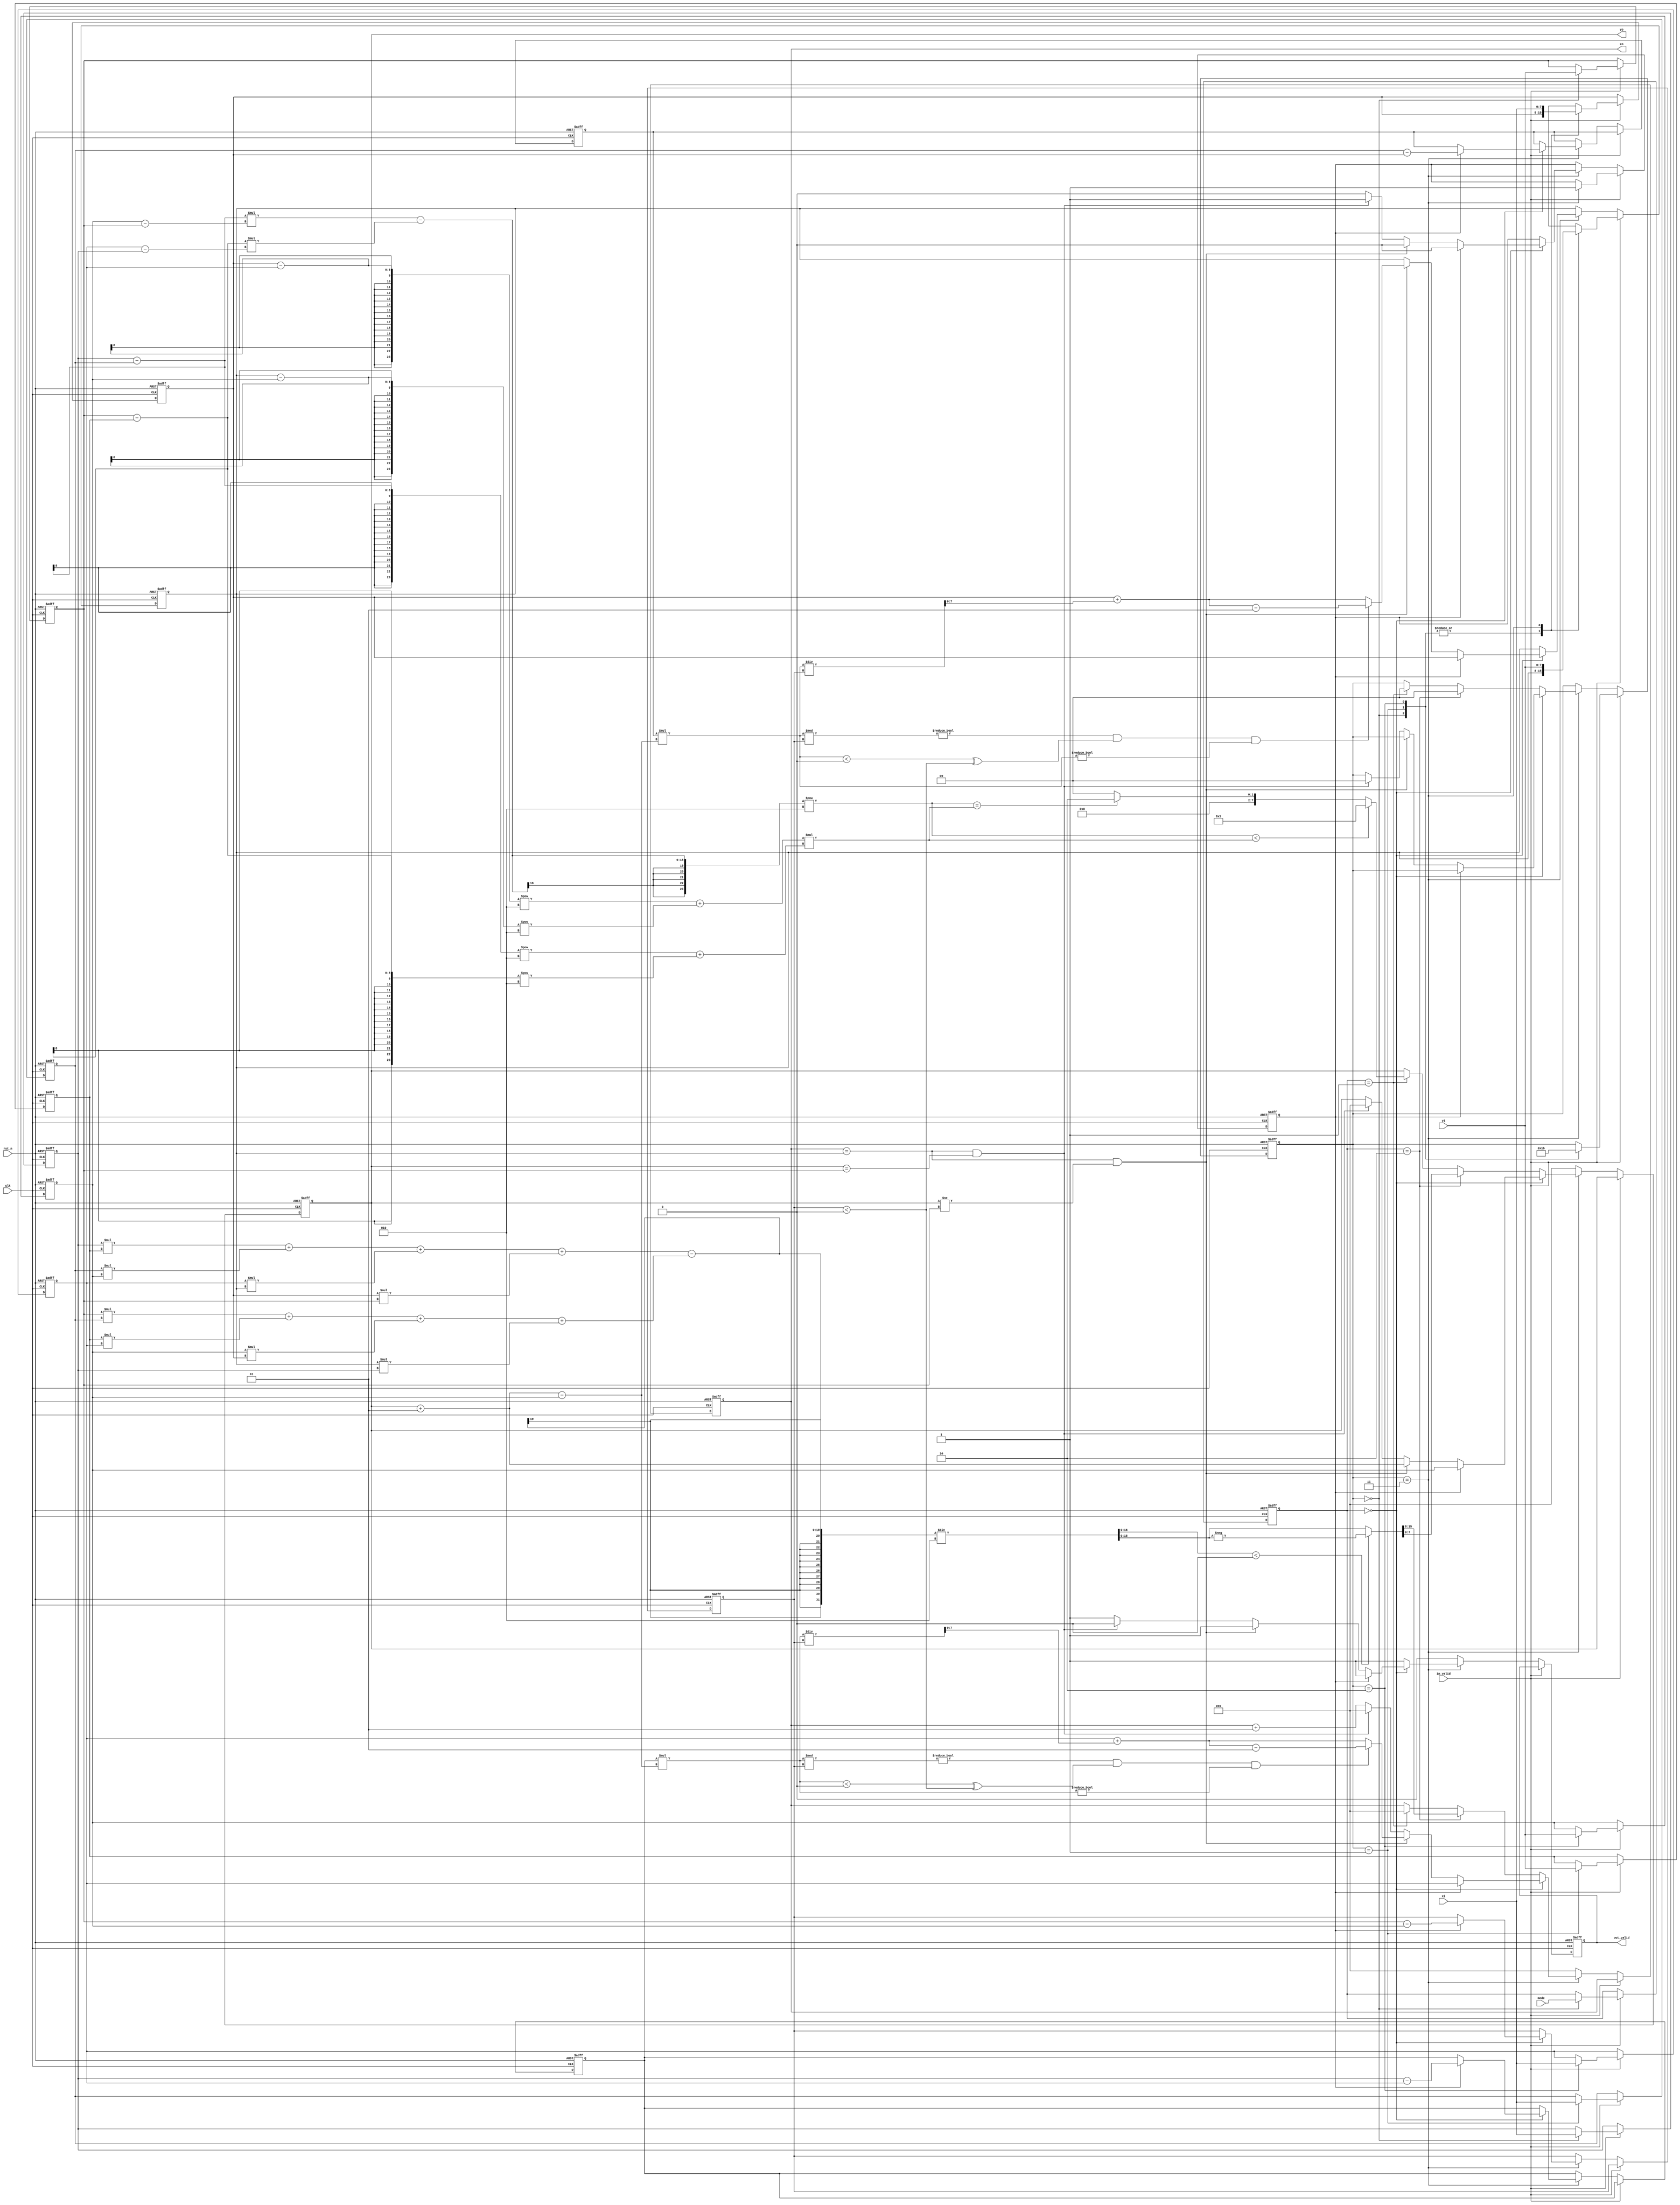


module CC(
    //Input Port
    clk,
    rst_n,
	in_valid,
	mode,
    xi,
    yi,

    //Output Port
    out_valid,
	xo,
	yo
    );

input       clk, rst_n, in_valid;
input       [1:0]   mode;
input       [7:0]   xi, yi;  
output reg  out_valid;
output reg  signed [7:0] xo, yo;

//declarations
reg  flag;
reg [23:0] D_2, R_2;
reg [1:0] step,mod;
reg signed [16:0] Area_K;
reg signed [8:0] Delt_Y1, Delt_X1, Delt_X2, Delt_Y2;
reg signed [7:0] A_x, A_y, B_x, B_y, C_x, C_y, D_x, D_y;

wire is_trapezoid_mode=   (mod==2'b00);
wire is_circle_line_mode= (mod==2'b01);
wire is_area_mode=        (mod==2'b10);

always @(posedge clk or negedge rst_n) begin
    if (!rst_n) begin//reset all signals
        xo = 'b0;
        yo = 'b0;
        C_x<=0;
        C_y<=0;
        D_x=0;
        D_y=0;
        A_x<=0;
        A_y<=0;
        B_x<=0;
        B_y<=0;
        step <= 'b0;
        mod <= 'b0;
        Delt_Y1 = 'b0;
        Delt_X1 = 'b0;
        Delt_X2 = 'b0;
        Delt_Y2 = 'b0;
        D_2 = 'b0;
        R_2 = 'b0;
        Area_K = 'b0;
        flag <= 'b0;
        out_valid = 'b0;

    end else if (in_valid) begin
        begin
            case (step)//control flow
                'b00: begin 
                    A_x <= xi; 
                    A_y <= yi; 
                    step <= 'b01; 
                    mod <= mode;
                end
                'b01: begin 
                    B_x <= xi; 
                    B_y <= yi; 
                    step <= 'b10; 
                    
                end
                'b10: begin 
                    C_x <= xi; 
                    C_y <= yi;
                     step <= 'b11;
                end
                'b11: begin 
                    D_x = xi; 
                    D_y = yi;
                     flag <=    'b1;
                end 
            endcase
        end
    end else if (step == 2'b11) begin 
        out_valid = 'b1;
            if(is_trapezoid_mode) begin//trapex computation
                if (flag) begin
                    xo = C_x;
                    yo = C_y;
                    flag <='b0;
                    D_y = D_x;
                    Delt_Y1 = (A_y - C_y);
                    Delt_X2 = B_x - D_x;
                    Delt_X1 = A_x - C_x;
                end else begin
                    if ((xo == D_y) && (yo != A_y)) begin
                        yo = yo + 1;
                        Delt_Y2 = yo - C_y;
                        Area_K = Delt_X1 * Delt_Y2;
                        xo = C_x + (Area_K / Delt_Y1);
                        if (((Area_K % Delt_Y1 )!= 0) && ((Area_K<0) ^ (Delt_Y1<0)) && (Area_K != 0)) 
                            xo = xo - 1;
                        Area_K = Delt_X2 * Delt_Y2;
                        D_y = D_x + (Area_K / Delt_Y1);
                        if (((Area_K % Delt_Y1) != 0) && ((Area_K<0) ^ (Delt_Y1<0)) && (Area_K != 0)) 
                            D_y = D_y - 1;
                    end else if ((xo == D_y) && (yo == A_y)) begin
                        step <= 'b0;
                        flag <= 'b1;
                        out_valid = 'b0;
                        {xo, yo} = {8'b00000000, 8'b00000000}; 
                    end else begin
                        xo = xo + 1;
                    end
                end
            end else if(is_area_mode) begin//area computation
                step <= 'b0;
                Area_K = ((((A_x*B_y )+ B_x*C_y + C_x*D_y + D_x*A_y) - (A_y*B_x + B_y*C_x + C_y*D_x + D_y*A_x)) / 2);
                Area_K = (Area_K <0 )? -Area_K : Area_K; 
                {xo, yo} = {Area_K[15:8], Area_K[7:0]};//output
            end else if(is_circle_line_mode) begin//circle computation
                R_2 = ((D_x - C_x)**2 + (D_y - C_y)**2) * ((A_x - B_x)**2 + (A_y - B_y)**2);
                D_2 = ((A_x - B_x)*(C_y - A_y) - (A_y - B_y)*(C_x - A_x))**2;
                step <= 'b0;
                if (D_2 < R_2)begin 
                    {xo, yo} = {8'b00000000, 8'b00000001}; 
                end else if (D_2 == R_2)
                    {xo, yo} = {8'b00000000, 8'b00000010}; 
                else
                    {xo, yo} = {8'b00000000, 8'b00000000}; 
            end
    end else begin //default output
        out_valid = 'b0;
        {xo, yo}  = {8'b00000000, 8'b00000000};
    end
end

endmodule